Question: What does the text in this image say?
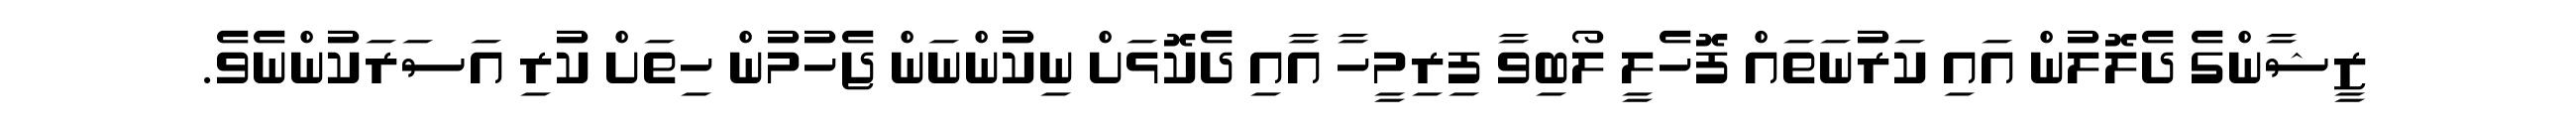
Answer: ޒީޝާންގެ ދެލޮލުން އައި ކަރުނަތައް ފޮހެލީ ލޯބިވާ ފިރިމީހާ އާއި ދެކޮޅަށް ނިކުންނަން ޖެހުމުން ހިތަށް ކުރި އަސަރަކުންނެވެ.